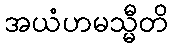
အယံဟမသ္မီတိ